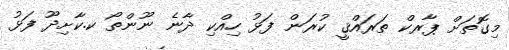
މިގޮތަށް ޕާރކް ތަރައްޤީ ކުރަން ފަޅު ހިއްކި ދާނެ ނޫންތޯ ކ.ކާށިދޫ ފަޅު